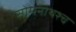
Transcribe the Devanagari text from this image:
सोमनाथश्च